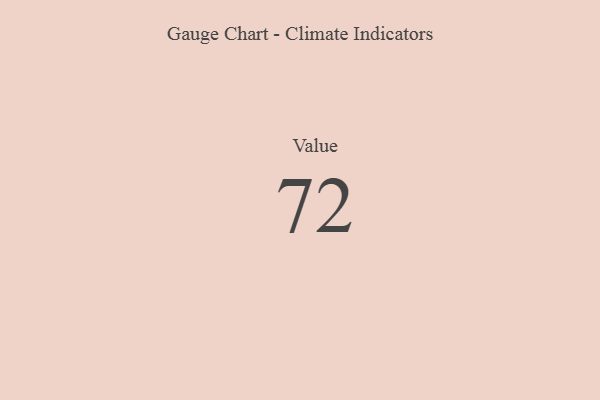
{"axis": {"x": "Metric", "y": "Value"}, "legend": [""], "data": [{"x": "Value", "y": 72, "type": ""}]}